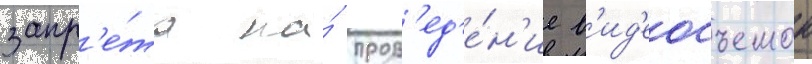
запр'е́та на́ пров'ед'е́н'ие в'ид'еосъемок